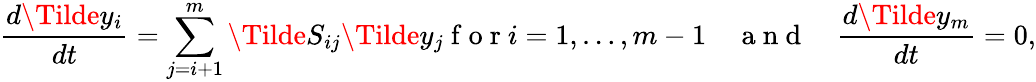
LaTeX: \frac{d\Tilde y_{i}}{dt}=\sum_{j=i+1}^{m}\Tilde S_{ij}\Tilde y_{j}\mathrm{~f~o~r~}i=1,\dots,m-1\quad\mathrm{~a~n~d~}\quad\frac{d\Tilde y_{m}}{dt}=0,